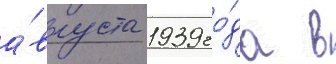
а́вгуста 1939 го́да в